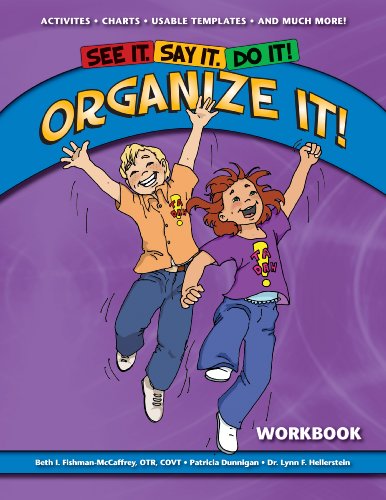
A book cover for See It. Say It. Do It! ORGANIZE IT! Workbook; Beth I. Fishman-McCaffrey; Health, Fitness & Dieting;